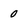
Character: 0